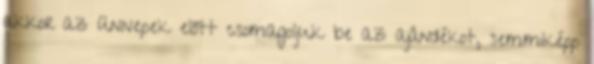
akkor az ünnepek előtt csomagoljuk be az ajándékot, semmiképp